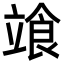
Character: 𩚷